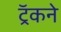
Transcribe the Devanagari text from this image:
ट्रॅकने